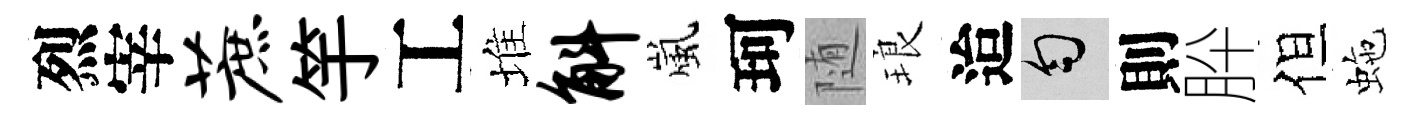
烈宰蔗竽工堆斛嵐珂随琅迨匀則肸但虵